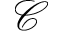
\mathcal { C }